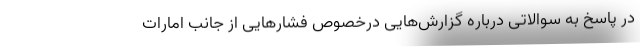
در پاسخ به سوالاتی درباره گزارش‌هایی درخصوص فشارهایی از جانب امارات